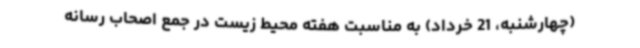
(چهارشنبه، 21 خرداد) به مناسبت هفته محیط زیست در جمع اصحاب رسانه